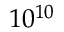
1 0 ^ { 1 0 }